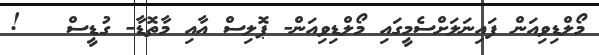
މޯލްޑިވިއަން ފައިނަލަށްސެމީގައި މޯލްޑިވިއަން- ޕޮލިސް އާއި މާތޮޑާ- ގުޑީސް   !